Riigikantselei, lk 29
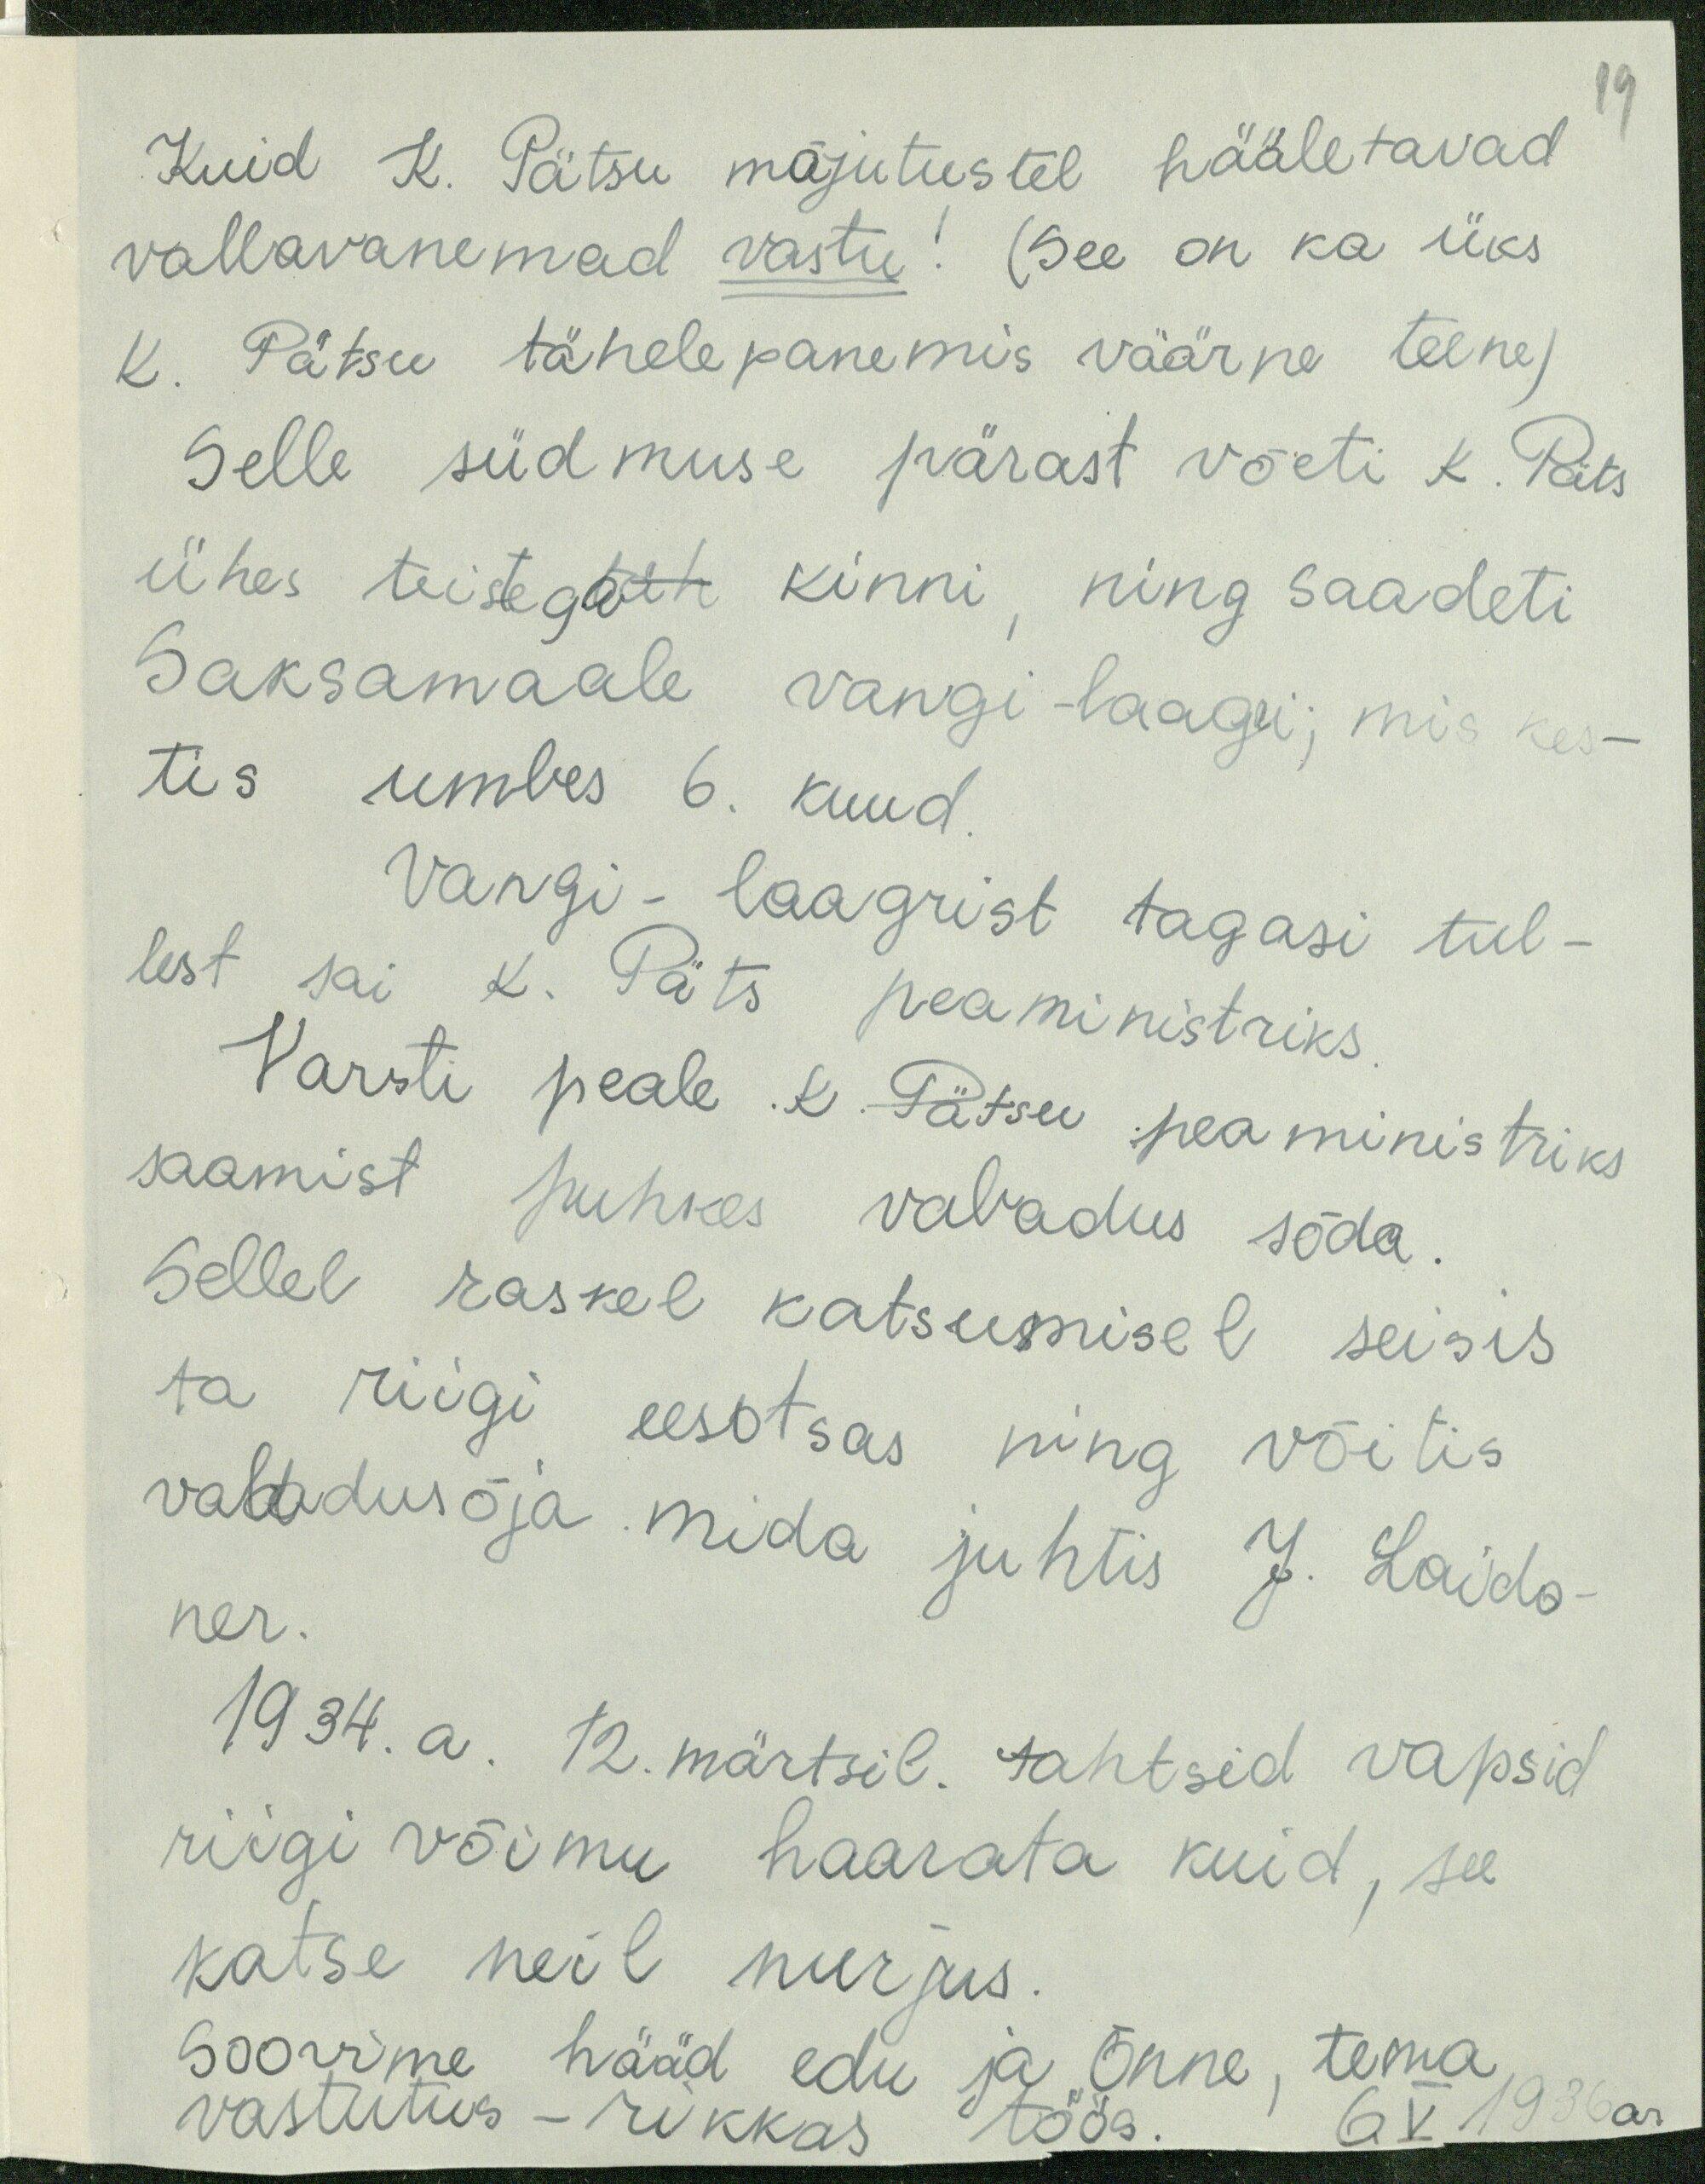
19
Kuid K. Pätsu mõjutustel hääletavad
vallavanemad vastu! (See on ka üks
K. Pätsu tähelepanemis väärne teene)
Selle südmuse pärast võeti K. Päts
ühes teistega täh kinni, ning saadeti
Saksamaale vangi-laagri; mis kes
tis umbes 6. kuud
Vangi - laagrist tagasi tul-
lest sai K. Päts peaministriks.
Varsti peale K. Pätsu peaministriks
saamist puhkes vabadus sõda
Sellel raskel katsumisel seisis
ta riigi eesotsas ning võitis
vabadusõja mida juhtis J. Laido
ner.
1934. a. 12. märtsil. tahtsid vapsid
riigi võimu haarata kuid, see
katse neil nurjus.
Soovime hääd edu ja Õnne, tema
vastutus - rikkas töös
6. V 1936a.